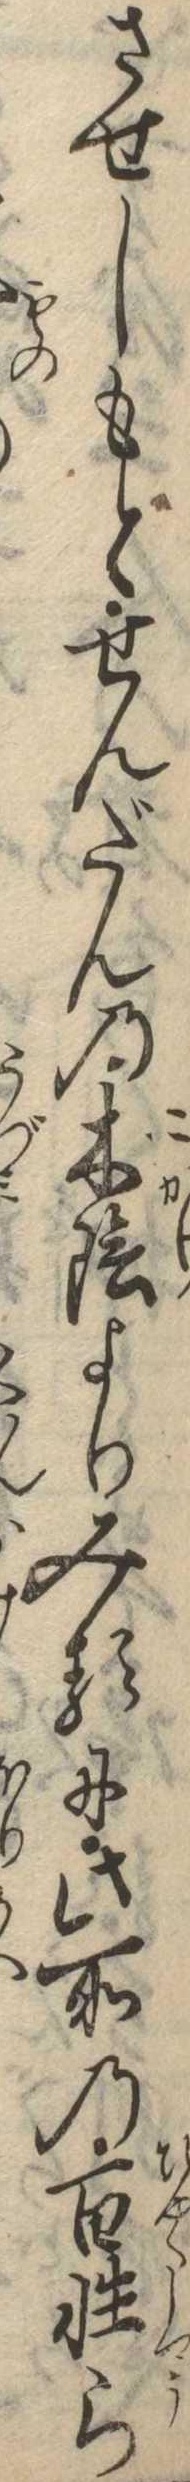
させしもとせんだんの木陰よりみるに此所の百性ら